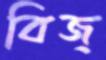
বিজ্